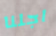
اجلنا